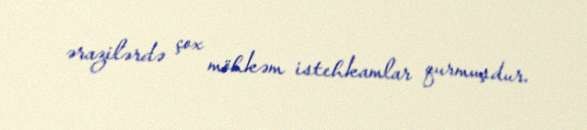
ərazilərdə çox möhkəm istehkamlar qurmuşdur.